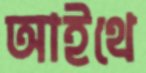
আইথে